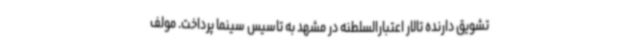
تشویق دارنده تالار اعتبارالسلطنه در مشهد به تاسیس سینما پرداخت. مولف